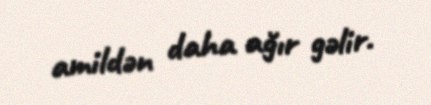
amildən daha ağır gəlir.